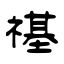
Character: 禥